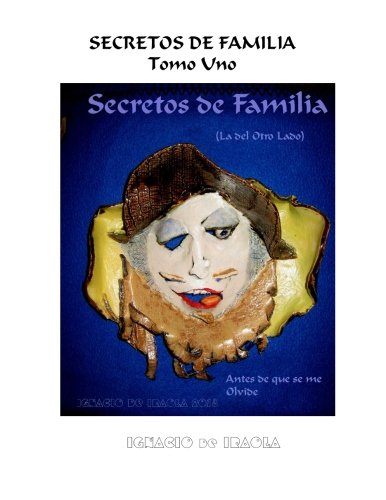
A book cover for SECRETOS DE FAMILÃEA - Tomo Uno: Antes de que se me Olvide (Volume 1) (Spanish Edition); Ignacio S de Iraola; Parenting & Relationships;